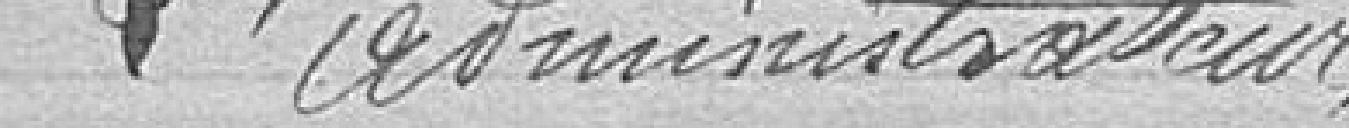
L'Administrateur